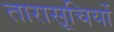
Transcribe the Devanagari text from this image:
तारासूचियों